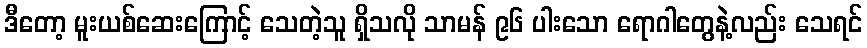
ဒီတော့ မူးယစ်ဆေးကြောင့် သေတဲ့သူ ရှိသလို သာမန် ၉၆ ပါးသော ရောဂါတွေနဲ့လည်း သေရင်